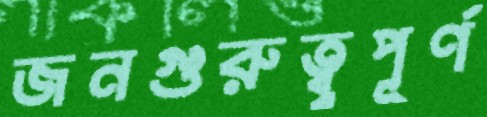
জনগুরুত্ব্বপূর্ণ